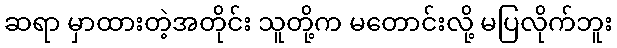
ဆရာ မှာထားတဲ့အတိုင်း သူတို့က မတောင်းလို့ မပြလိုက်ဘူး